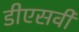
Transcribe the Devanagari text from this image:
डीएसवी